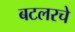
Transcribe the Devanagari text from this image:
बटलरचे